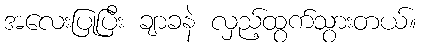
အလေးပြုပြီး ချာခနဲ လှည့်ထွက်သွားတယ်။